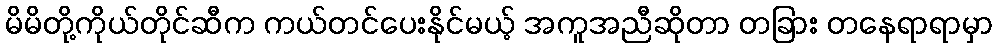
မိမိတို့ကိုယ်တိုင်ဆီက ကယ်တင်ပေးနိုင်မယ့် အကူအညီဆိုတာ တခြား တနေရာရာမှာ